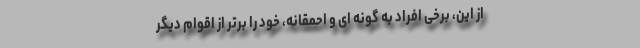
از این، برخی افراد به گونه ای و احمقانه، خود را برتر از اقوام دیگر